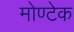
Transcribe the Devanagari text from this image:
मोण्टेक